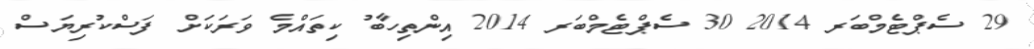
29 ސެޕްޓެމްބަރ 2014 30 ސެޕްޓެމްބަރ 2014 އިންތިހާބު ކިތައްމެ ވަރަކަށް ފަސްކުރިޔަސް